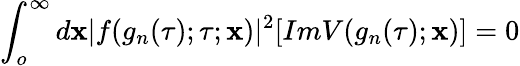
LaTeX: \int_{o}^{\infty}d\mathbf{x}|f(g_{n}(\tau);\tau;\mathbf{x})|^{2}[ImV(g_{n}(\tau);\mathbf{x})]=0